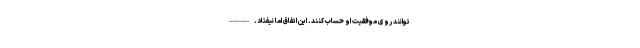
‌توانند روی موفقیت او حساب کنند. این اتفاق اما نیفتاد. ----------